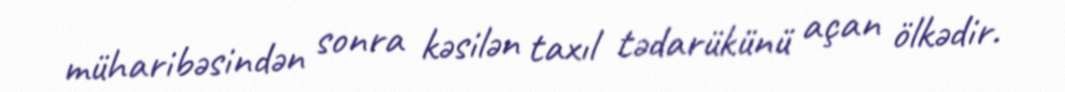
müharibəsindən sonra kəsilən taxıl tədarükünü açan ölkədir.